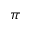
\boldsymbol { \pi }